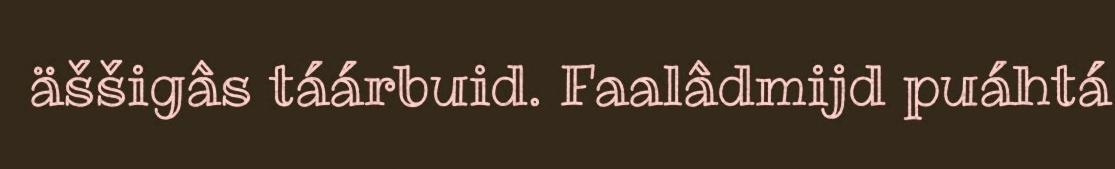
äššigâs táárbuid. Faalâdmijd puáhtá